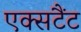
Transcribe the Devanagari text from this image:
एक्सटैंट